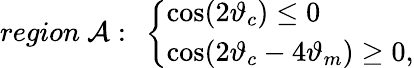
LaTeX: region~{\cal A}:~\left\{ \begin{array}{l}{{\cos(2\vartheta_{c})\le 0}}\\ {{\cos(2\vartheta_{c}-4\vartheta_{m})\ge 0,}}\end{array}\right.